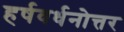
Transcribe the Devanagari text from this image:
हर्षवर्धनोत्तर